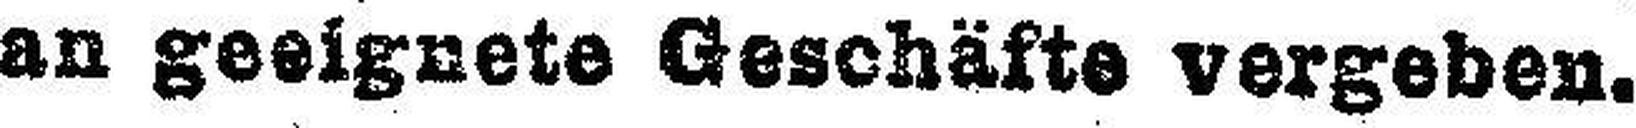
an geeignete Geschäfte vergeben.